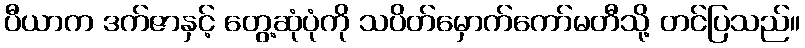
ပီယာက ဒက်ဇာနှင့် တွေ့ဆုံပုံကို သပိတ်မှောက်ကော်မတီသို့ တင်ပြသည်။